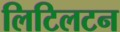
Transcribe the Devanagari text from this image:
लिटिलटन